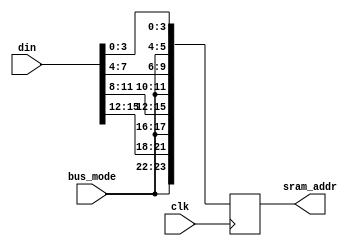
module config_data_mux 

  # ( 
      parameter SRAM_ADDR_WIDTH         = 6,
                STRIDE                  = 4,
                MODE_WIDTH              = 2 ,
                RESULT_WIDTH            = 64,
                SRAM_NUM                = 4 
  )

(
    input                                  clk,
    // input                                  rst,
    // Write
    // input   [7:0]                          sram_sel ,
    // input                                  config_en,    
    // input   [(SRAM_ADDR_WIDTH)-1:0]      config_addr,                           
    // input   [RESULT_WIDTH-1:0]             config_i ,       
    // Read
    input   [STRIDE*SRAM_NUM-1:0]          din,
    input   [MODE_WIDTH-1:0]               bus_mode,   

    // Output
    // output reg [SRAM_NUM-1:0]                       wr_en,
    output reg [(SRAM_ADDR_WIDTH)*SRAM_NUM-1:0]     sram_addr
    // output reg [RESULT_WIDTH*SRAM_NUM-1:0]          config_data
);



integer i;  
always @(posedge clk) begin
    for (i = 0; i<SRAM_NUM;i=i+1 ) begin
        // if (config_en == 1'b1 && sram_sel==i) begin
        //     wr_en <= 1'b1;
        //     sram_addr[(SRAM_ADDR_WIDTH)*i +: (SRAM_ADDR_WIDTH)] <= config_addr;
        //     config_data[RESULT_WIDTH*i +: RESULT_WIDTH] <= config_i;
        // end
        // else begin
            // wr_en <= 1'b0;
            sram_addr[(SRAM_ADDR_WIDTH)*i +: (SRAM_ADDR_WIDTH)] <= {bus_mode,din[STRIDE*i +: STRIDE]};
            // sram_addr[(SRAM_ADDR_WIDTH)*i +: (SRAM_ADDR_WIDTH)] <= {din[STRIDE*i +: STRIDE]};// bus_mode
            // config_data[RESULT_WIDTH*i +: RESULT_WIDTH] <= 'b0;
        // end
    end
end


endmodule //config_data_mux